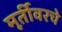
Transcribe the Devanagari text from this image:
मूर्तीवरचे